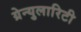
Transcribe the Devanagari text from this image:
ग्रेन्युलारिटी